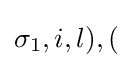
\sigma _{1},i,l),(